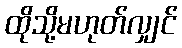
ထိုသို့မဟုတ်လျှင်